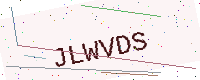
Text: JLWVDS